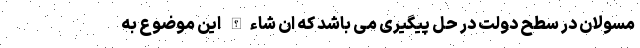
مسولان در سطح دولت در حل پیگیری می باشد که ان شاءالله این موضوع به